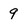
Character: 9